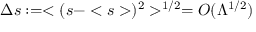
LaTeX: \Delta s : = < ( s - < s > ) ^ { 2 } > ^ { 1 / 2 } = { \cal O } ( \Lambda ^ { 1 / 2 } )